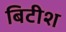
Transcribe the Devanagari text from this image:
बिटीश